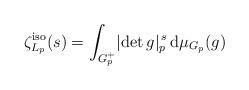
LaTeX: \begin{align*} \zeta_{L_p}^{\mathrm{iso}}(s) = \int_{G^+_p} \lvert \det g \rvert_p^{\, s} \, \mathrm{d}\mu_{G_p}(g) \end{align*}